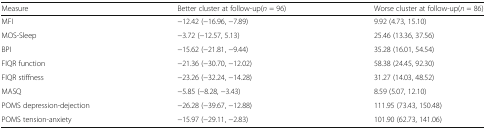
<table><thead><tr><td><b>Measure</b></td><td><b>Better cluster at follow-up(<i>n</i> = 96)</b></td><td><b>Worse cluster at follow-up(<i>n</i> = 86)</b></td></tr></thead><tbody><tr><td>MFI</td><td>−12.42 (−16.96, −7.89)</td><td>9.92 (4.73, 15.10)</td></tr><tr><td>MOS-Sleep</td><td>−3.72 (−12.57, 5.13)</td><td>25.46 (13.36, 37.56)</td></tr><tr><td>BPI</td><td>−15.62 (−21.81, −9.44)</td><td>35.28 (16.01, 54.54)</td></tr><tr><td>FIQR function</td><td>−21.36 (−30.70, −12.02)</td><td>58.38 (24.45, 92.30)</td></tr><tr><td>FIQR stiffness</td><td>−23.26 (−32.24, −14.28)</td><td>31.27 (14.03, 48.52)</td></tr><tr><td>MASQ</td><td>−5.85 (−8.28, −3.43)</td><td>8.59 (5.07, 12.10)</td></tr><tr><td>POMS depression-dejection</td><td>−26.28 (−39.67, −12.88)</td><td>111.95 (73.43, 150.48)</td></tr><tr><td>POMS tension-anxiety</td><td>−15.97 (−29.11, −2.83)</td><td>101.90 (62.73, 141.06)</td></tr></tbody></table>